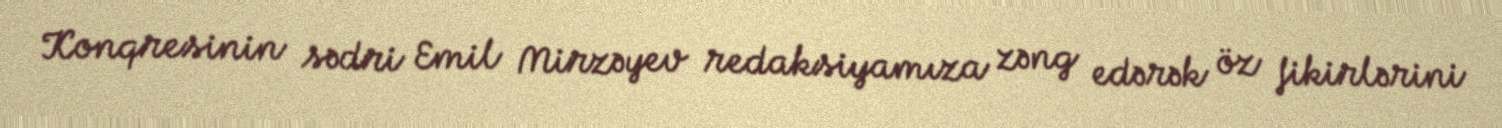
Konqresinin sədri Emil Mirzəyev redaksiyamıza zəng edərək öz fikirlərini